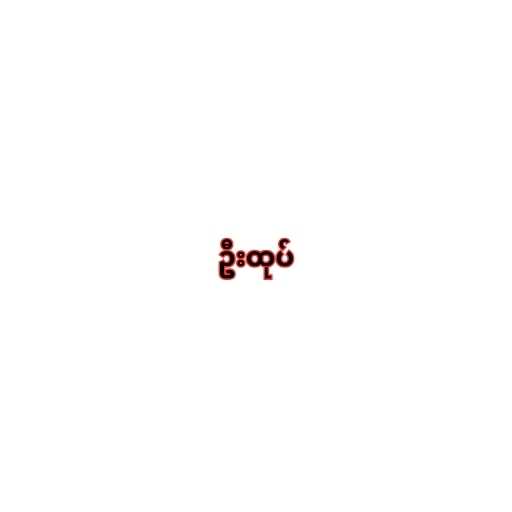
ဦးထုပ်